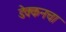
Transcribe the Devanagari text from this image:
डेक्कनचा